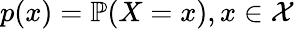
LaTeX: p(x)=\mathbb{P}(X=x),x\in\mathcal{X}